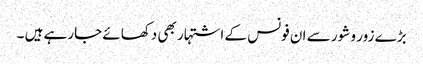
بڑے زور و شور سے ان فونس کے اشتہار بھی دکھائے جارہے ہیں ۔